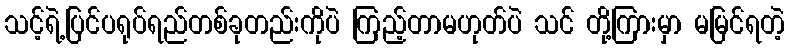
သင့်ရဲ့ပြင်ပရုပ်ရည်တစ်ခုတည်းကိုပဲ ကြည့်တာမဟုတ်ပဲ သင် တို့ကြားမှာ မမြင်ရတဲ့